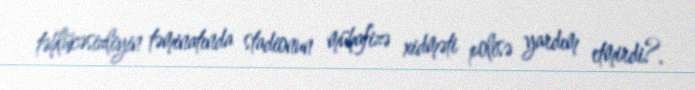
təhlükəsizliyin təminatında stadionun mühafizə xidməti polisə yardım etmirdi?.